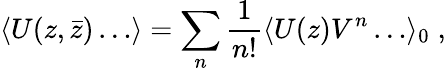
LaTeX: \langle U(z,\bar{z})\ldots\rangle=\sum_{n}{\frac{1}{n!}}\langle U(z)V^{n}\ldots\rangle_{0}\; ,